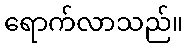
ရောက်လာသည်။